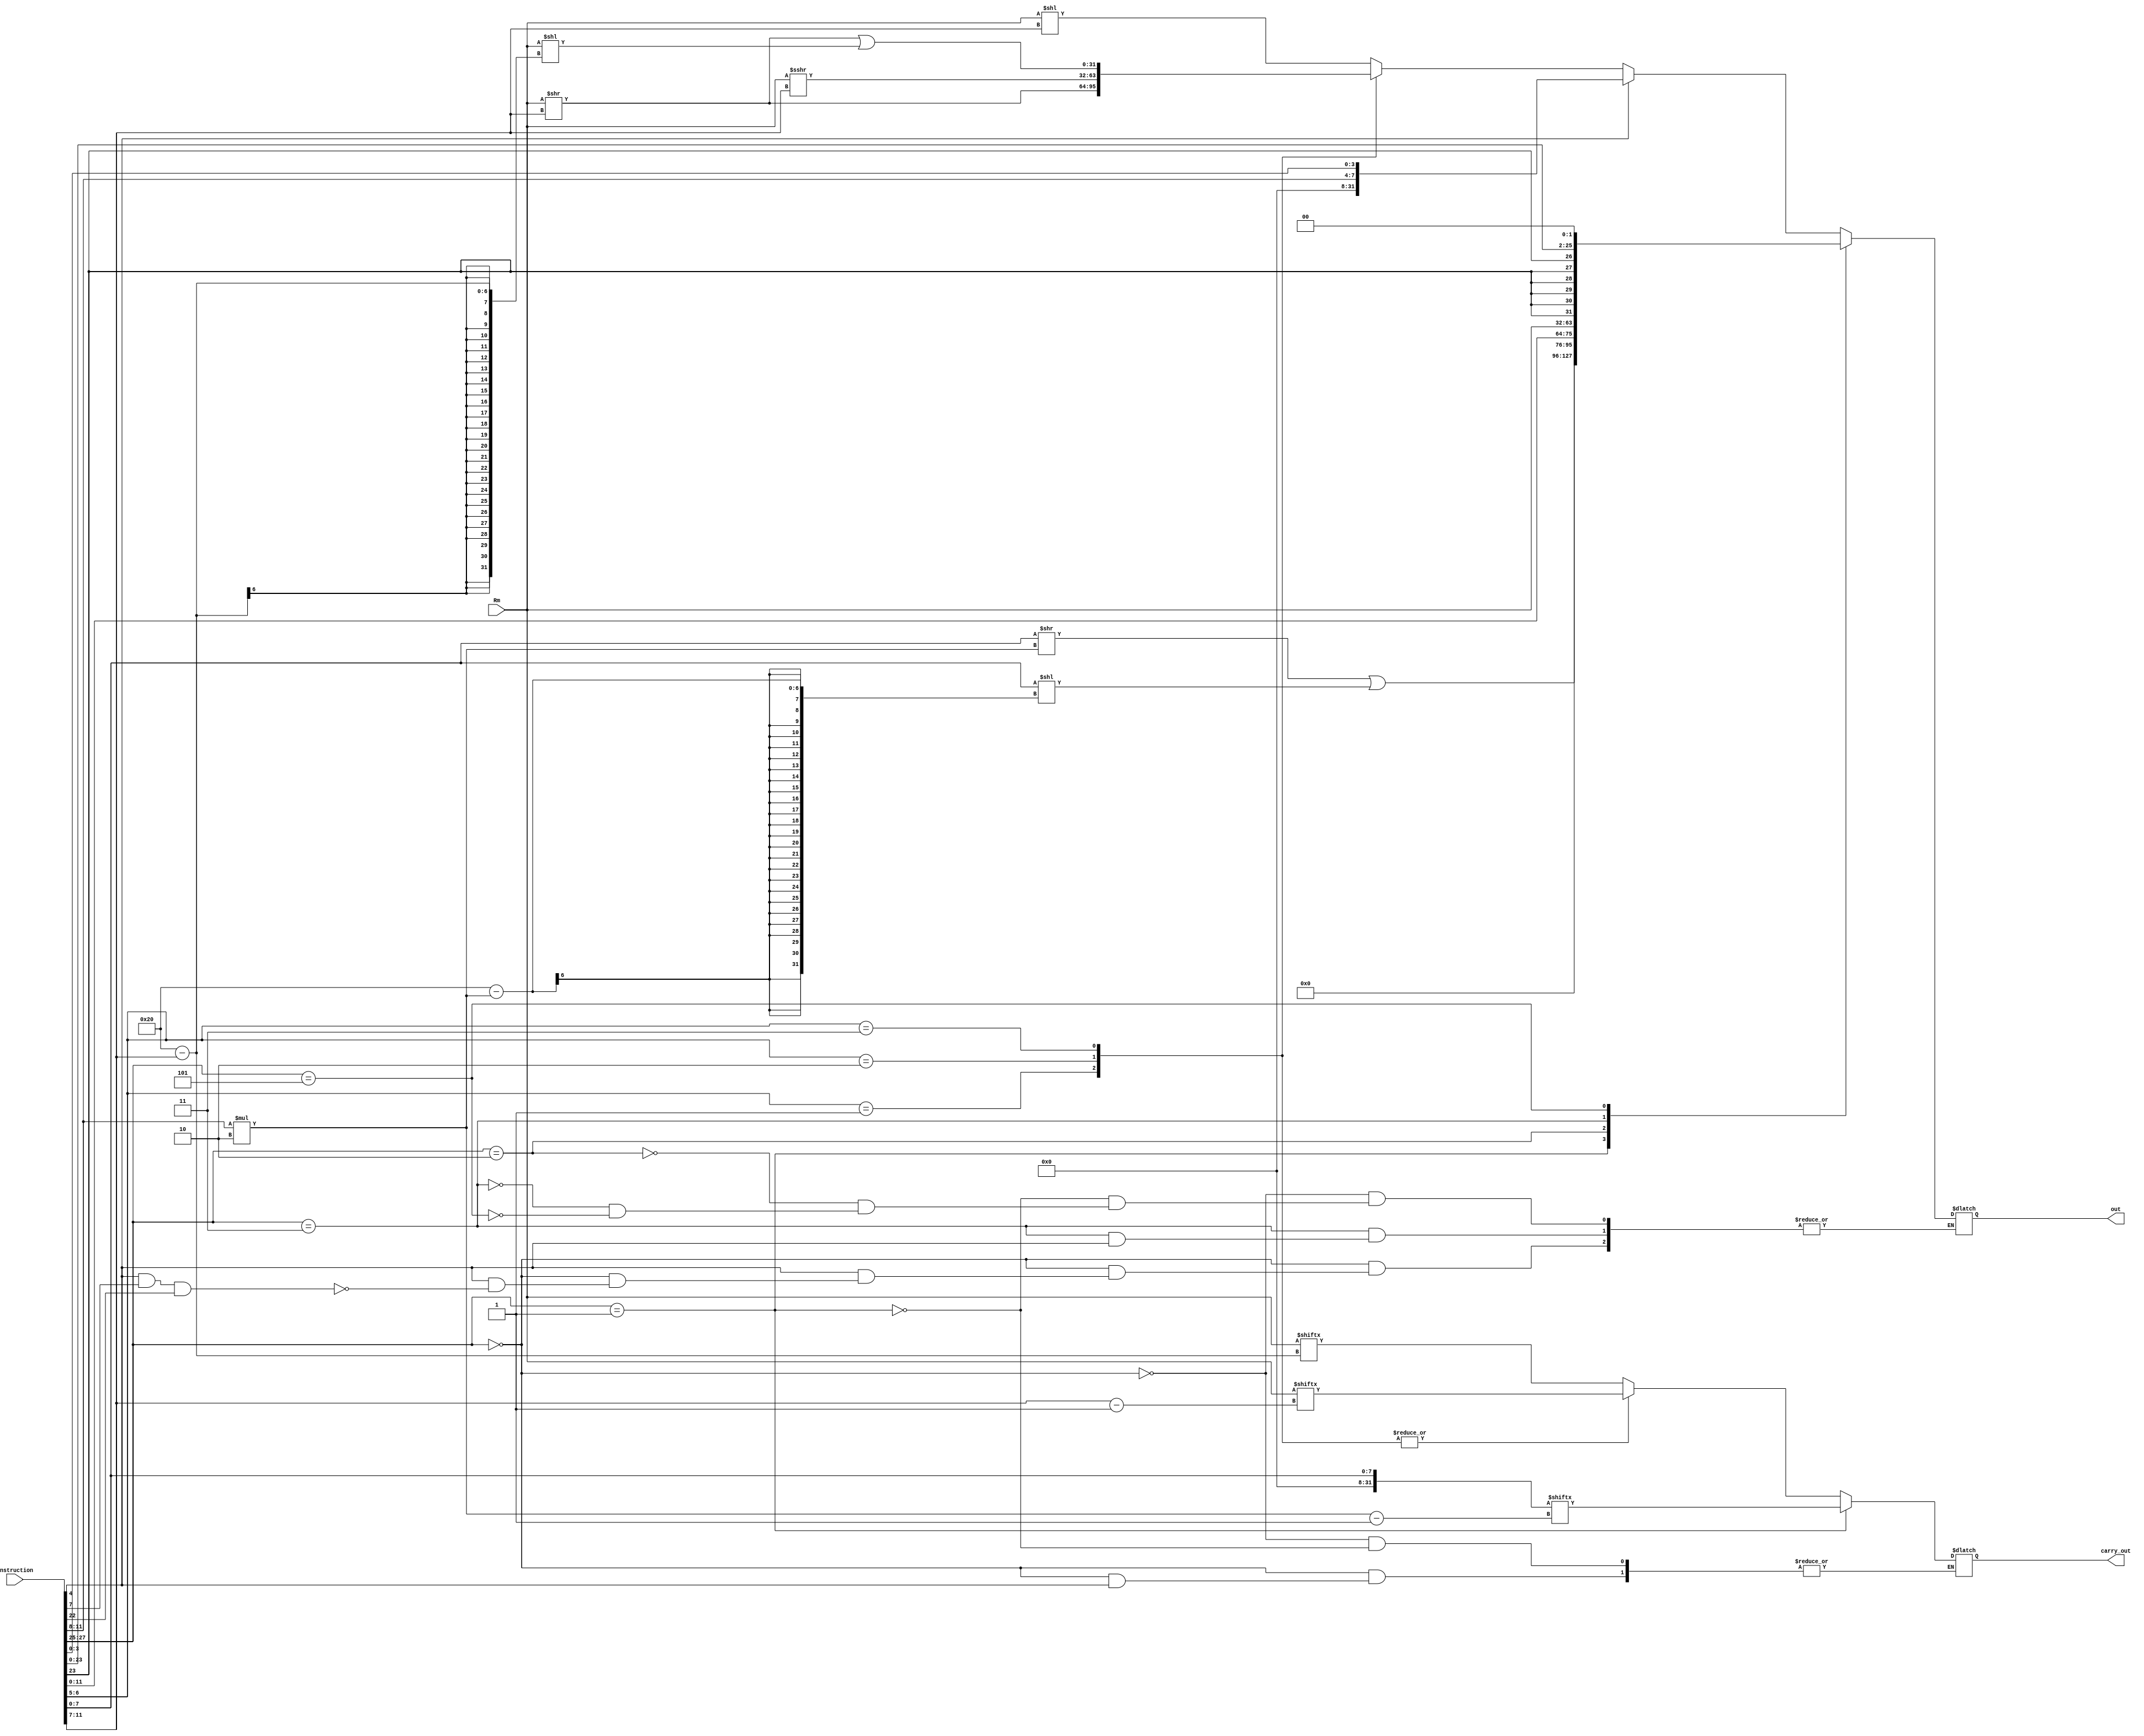
module shift_sign_extender(output reg[31:0] out,
                           output reg carry_out,
                           input [31:0] instruction,
                           Rm);

integer i = 0;
reg[31:0] temp;

always @(instruction, Rm) begin
    case(instruction[27:25])
        
        // Shift by Immediate Shifter Operand
        3'b000: begin
            if (instruction[4] == 0)
                case(instruction[6:5])
                    // LSL
                    2'b00: begin
                        temp      = Rm;
                        carry_out = temp[32 - instruction[11:7]];
                        temp      = temp << instruction[11:7];
                        out       = temp;
                    end
                    
                    // LSR
                    2'b01: begin
                        temp      = Rm;
                        carry_out = temp[instruction[11:7] - 1];
                        temp      = temp >> instruction[11:7];
                        out       = temp;
                    end
                    
                    // ASR
                    2'b10: begin
                        temp      = Rm;
                        carry_out = temp[instruction[11:7] - 1];
                        temp      = $signed(temp) >>> instruction[11:7];
                        out       = temp;
                    end
                    
                    // ROR
                    2'b11: begin
                        temp      = Rm;
                        carry_out = temp[instruction[11:7] - 1];
                        out       = (temp >> instruction[11:7]) | (temp << 32 - instruction[11:7]);
                    end
                    
                endcase
            else if (instruction[4] == 1 && instruction[7] == 1 && instruction[22] == 1) begin
               out = {24'd0, instruction[11:8], instruction[3:0]}; 
            end
        end
        
        // 32 Bit Immediate Shifter Operand
        3'b001: begin
            temp      = {24'd0,instruction[7:0]};
            carry_out = temp[instruction[11:8] * 2 - 1];
            out       = (temp >> instruction[11:8] * 2) | (temp << 32 - instruction[11:8] * 2);
        end
        
        // Immediate Offset
        3'b010: begin
            out = {20'd0, instruction[11:0]};
        end

        // Register Offset
        3'b011:  begin
            if (instruction[4] == 0) begin
                out = Rm;
            end
        end

        // Branch and Branch with Link
        3'b101: begin
            out = {{8{instruction[23]}}, instruction[23:0]} << 2;
        end
        
endcase
end

endmodule